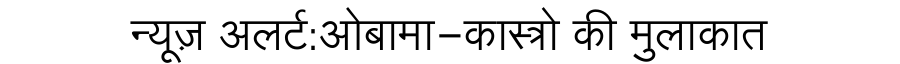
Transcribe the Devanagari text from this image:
न्यूज़ अलर्ट:ओबामा-कास्त्रो की मुलाकात